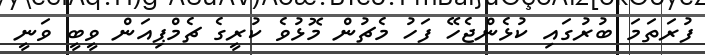
ފުރަތަމަ ބުރުގައި ކުޅެންޖެހޭ ފަހު މެޗުން މޮޅުވެ ކުރީގެ ޗެމްޕިއަން ވީބީ ވަނީ